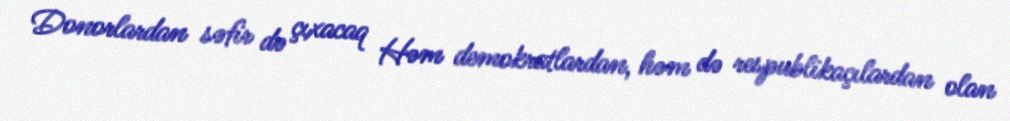
Donorlardan səfir də çıxacaq Həm demokratlardan, həm də respublikaçılardan olan